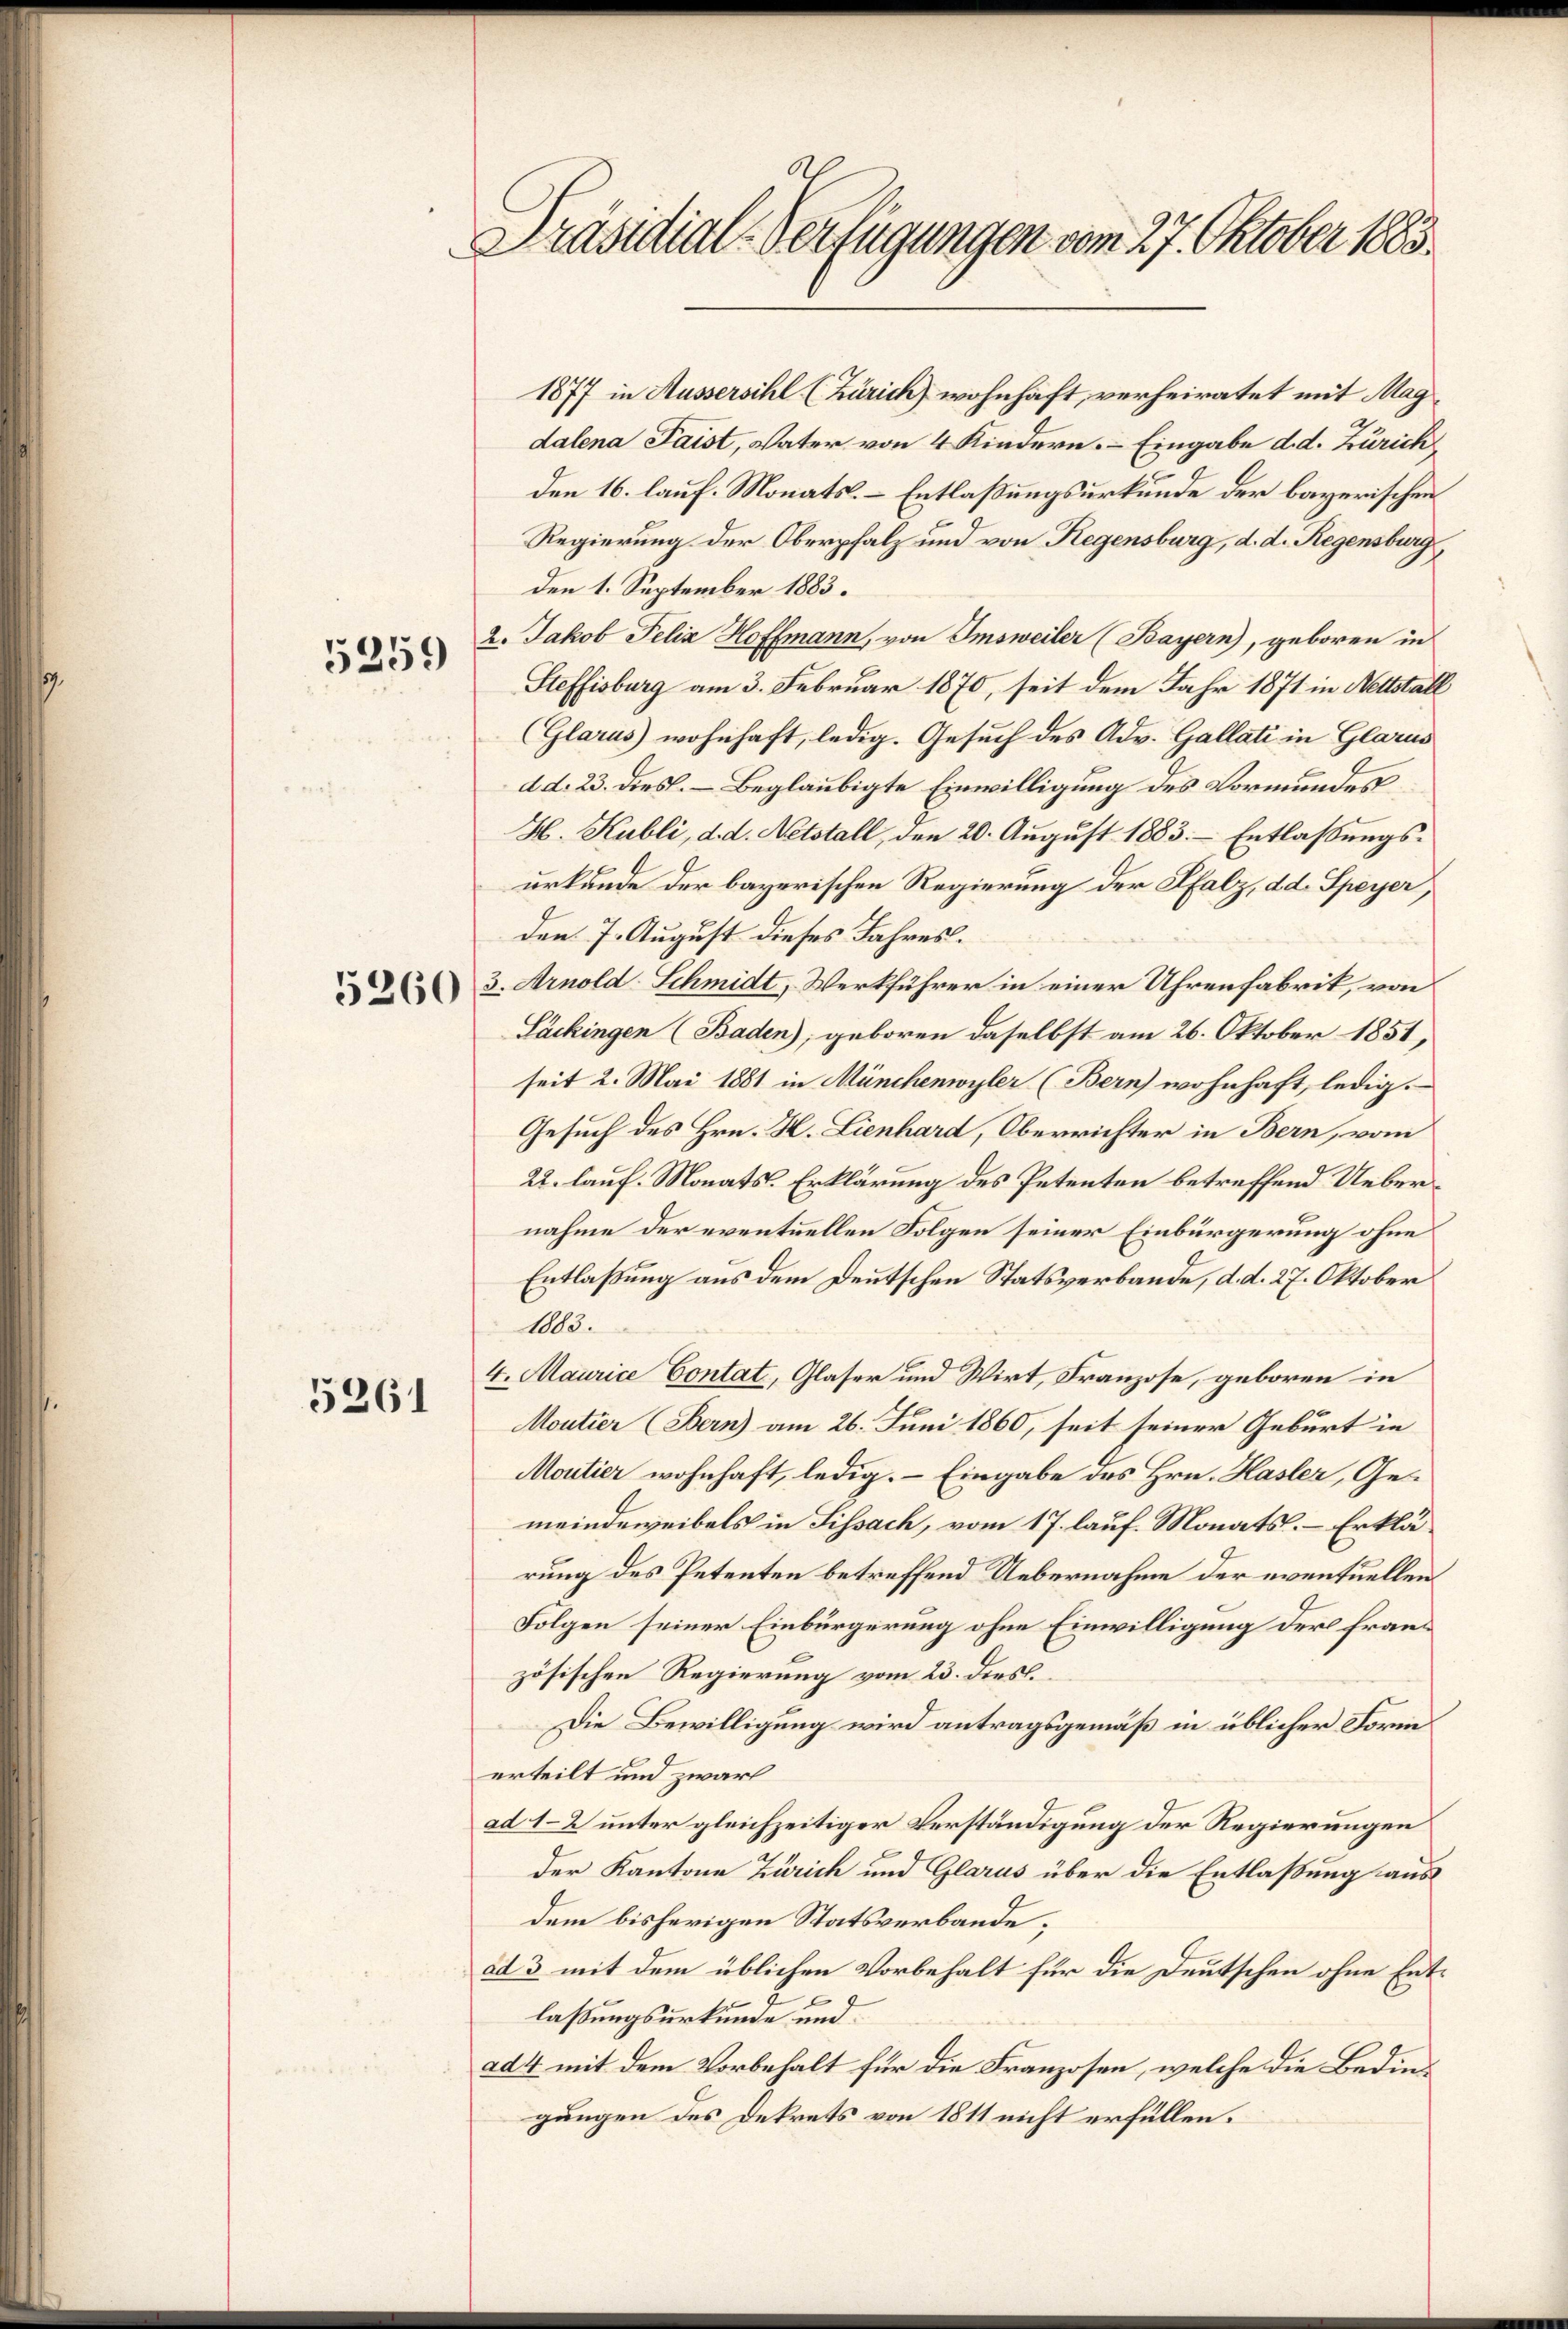
5259

5261

Präsidial-Verfügungen vom 27. Oktober 1883.

1877 in Aussersihl (Zürich wohnhaft, verheiratet mit Magdalena Paist, Vater von 4 Kindern. – Eingabe d. d. Zürich
den 16. lauf. Monats-Entlaßungsurkunde der bayerischen
Regierung der Oberpfalz und von Regensburg, d. d. Regensburg,
den 1. September 1883.
2. Jakob Felix Hoffmann, von Imsweiler (Bayern), geboren in
Steffisburg am 3. Februar 1870, seit dem Jahr 1871 in Nettställ
(Glarus wohnhaft, ledig. Gesuch des Adv. Gallati in Glarus
d d. 23. Diesl. – Beglaubigte Einwilligung des Vormundes
H. Kubli, d. d. Netstall, den 20. August 1883. Entlassungsurkunde der bayerischen Regierung der Pfalz, dd. Speyer,
den 7. August dieses Jahres.
3. Arnold Schmidt, Werkführer in einer Uhrenfabrik, von
Läckingen (Baden), geboren daselbst am 26. Oktober 1851,
seit 2. Mai 1881 in Münchenwyler (Bern) wohnhaft, ledig.
Gesuch des Hrn. H. Lienhard, Oberrichter in Bern, vom
22. lauf. Monats-Erklärung des Petenten betreffend Uebernahme der eventuellen Folgen seiner Einbürgerung ohne
Entlaßung aus dem Deutschen Statsverbande, d. d. 27. Oktober
1005.
4. Maurice Contat, Glaser und Wirt, Franzose, geboren in
Moutier (Bern) am 26. Juni 1860, seit seiner Geburt in
Moutier wohnhaft, ledig. – Eingabe des Hrn. Hasler, Gemeindeweibels in Sissach, vom 17. lauf. Monats. – Erklärung des Petenten betreffend Uebernahme der eventuellen
Folgen seiner Einbürgerung ohne Einwilligung der französischen Regierung vom 23. dies.
Die Bewilligung wird antragsgemäß in üblicher Form
erteilt und zwar
ad 12 unter gleichzeitiger Verständigung der Regierungen
der Kantone Zürich und Glarus über die Entlaßung aus
dem bisherigen Statsverbande,
ad 3 mit dem üblichen Vorbehalt für die Deutschen ohne Entlaßungsurkunde und
ad 4 mit dem Vorbehalt für die Franzosen, welche die Bedingungen des Dekrets von 1811 nicht erfüllen.